Vana-Kasaritsa_(Kasaritsa)_vallavalitsus, lk 36
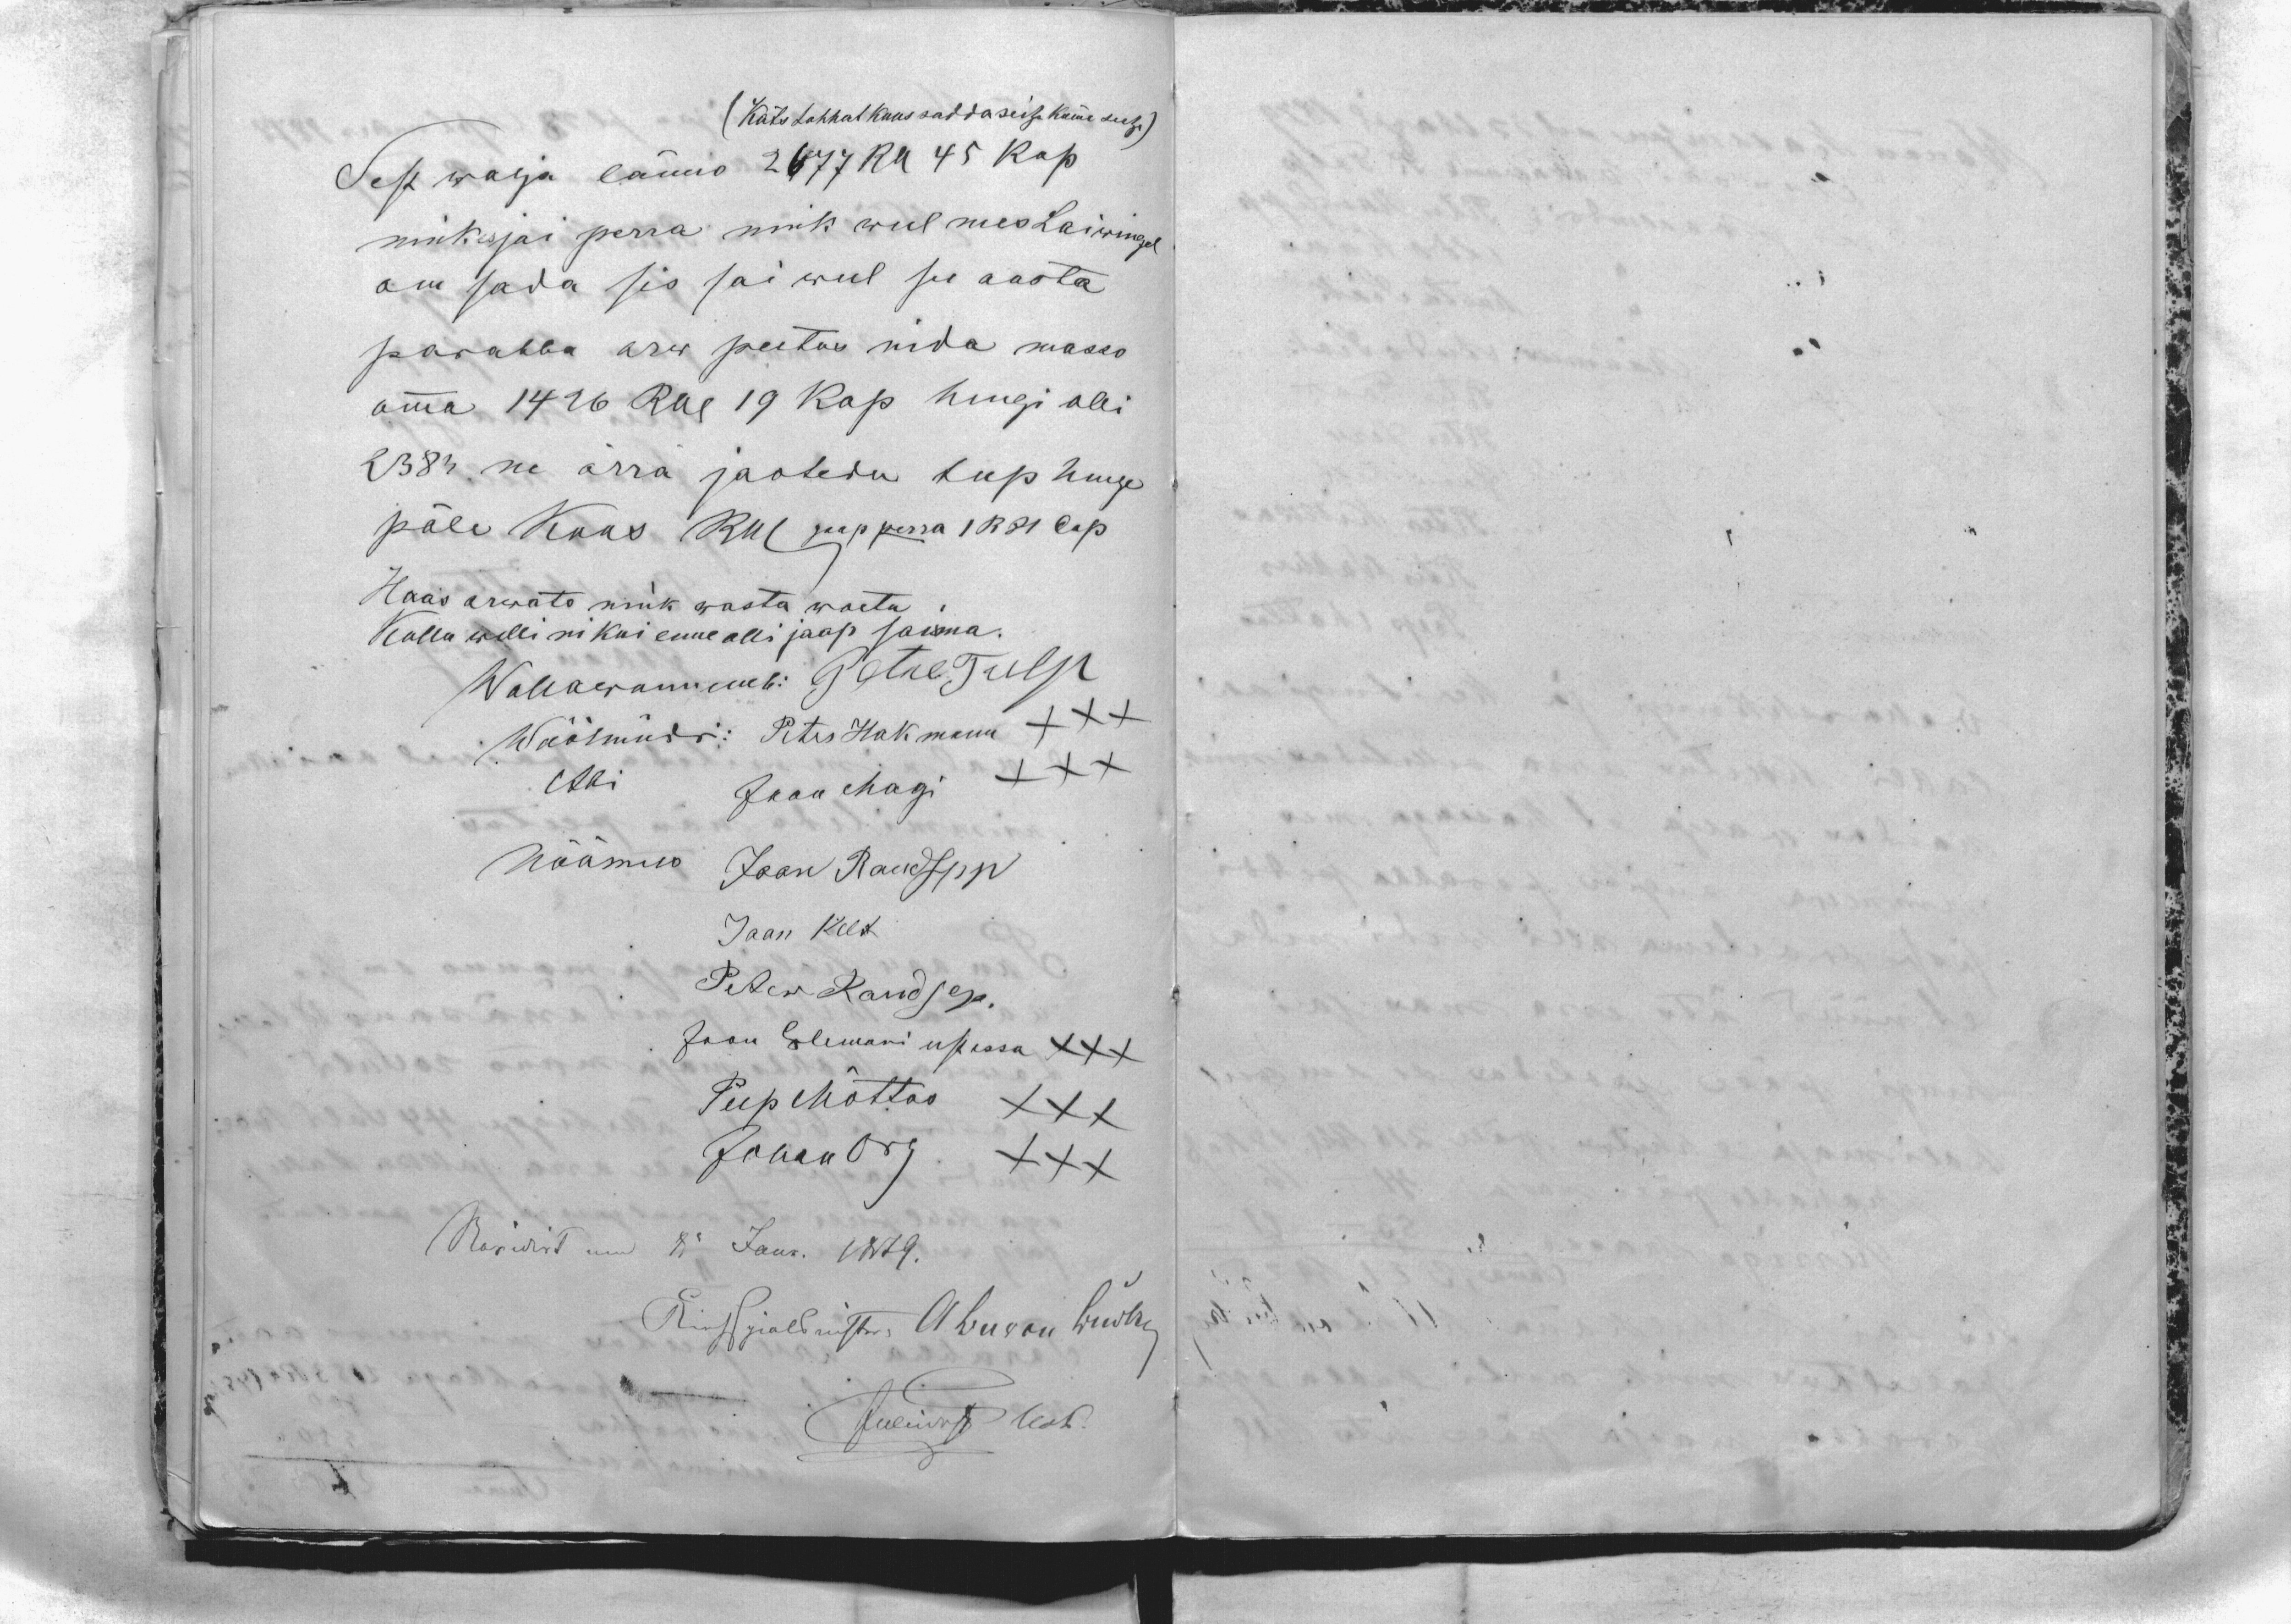
(Kats tuhhat kuus sadda seitze kümme seitze)
Sest walja länno 2677 Rb 45 kop
nink es jai perra nink weel mes Laiwingel
om sada sis sai weel see aasta
parahha arw peetus nida masso
omma 1426 Rbl 19 kop hengi olli
2383 ne ärrä jaotedu teep henge
päle Kuus Rbl  saap perra 1 R 81 Cop
Haas arwato nink wasta woetu.
Kullu willi ni kui enne olli jaap sama.
Wallawannemb: Petre Tulp
Wöölmüdri: Peter Hakmann XXX
Abbi Jaan Magi XXX
Nõümees Jaan Raudspp
Jaan Kelt
Peter Raudsep.
Jaan Erlemani eest essa XXX
Peep Mõttus XXX
Johan Org XXX